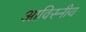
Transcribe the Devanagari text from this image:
आविस्नीय